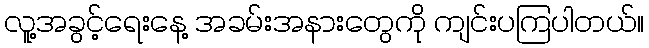
လူ့အခွင့်ရေးနေ့ အခမ်းအနားတွေကို ကျင်းပကြပါတယ်။